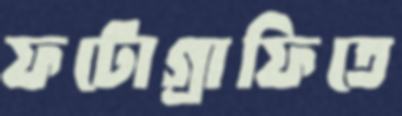
ফটোগ্রাফিতে